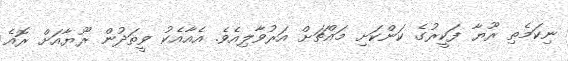
ނިކަމެތި ރޫޔާ ފަކީރުގެ ކަންކަށި މައްޗަށް އަރުވާލިއެވެ. އެއާއެކު ވީތަދުން ރޫޔާއަށް ރޮއެ